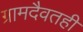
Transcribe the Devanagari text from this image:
ग्रामदैवतही